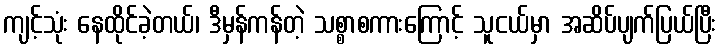
ကျင့်သုံး နေထိုင်ခဲ့တယ်၊ ဒီမှန်ကန်တဲ့ သစ္စာစကားကြောင့် သူငယ်မှာ အဆိပ်ပျက်ပြယ်ပြီး